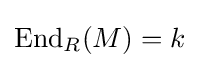
\operatorname {End} _{R}(M)=k